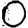
Digit: 0